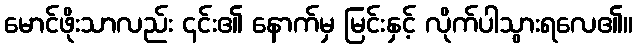
မောင်ဖိုးသာလည်း ၎င်း၏ နောက်မှ မြင်းနှင့် လိုက်ပါသွားရလေ၏။